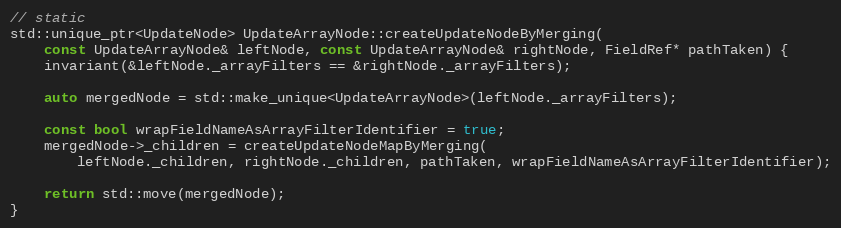
Language: C++
// static
std::unique_ptr<UpdateNode> UpdateArrayNode::createUpdateNodeByMerging(
    const UpdateArrayNode& leftNode, const UpdateArrayNode& rightNode, FieldRef* pathTaken) {
    invariant(&leftNode._arrayFilters == &rightNode._arrayFilters);

    auto mergedNode = std::make_unique<UpdateArrayNode>(leftNode._arrayFilters);

    const bool wrapFieldNameAsArrayFilterIdentifier = true;
    mergedNode->_children = createUpdateNodeMapByMerging(
        leftNode._children, rightNode._children, pathTaken, wrapFieldNameAsArrayFilterIdentifier);

    return std::move(mergedNode);
}